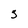
Character: 3